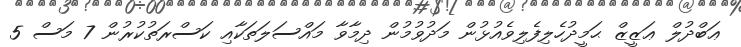
ޢަބްދުލް ޢަޒީޒް ޙަމީދުހެލިފެލިވެއުޅުން މަދުވުމުން ދިމާވާ މައްސަލަތަކާއި ކަސްރަތުކުރުން 7 މަސް 5